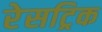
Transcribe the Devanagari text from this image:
रेसट्रिक